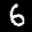
Label: 6